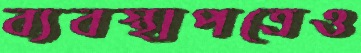
ব্যবস্থাপত্রেও